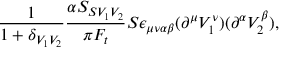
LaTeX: \frac { 1 } { 1 + \delta _ { V _ { 1 } V _ { 2 } } } \frac { \alpha S _ { S V _ { 1 } V _ { 2 } } } { \pi F _ { t } } S \epsilon _ { \mu \nu \alpha \beta } ( \partial ^ { \mu } V _ { 1 } ^ { \nu } ) ( \partial ^ { \alpha } V _ { 2 } ^ { \beta } ) ,